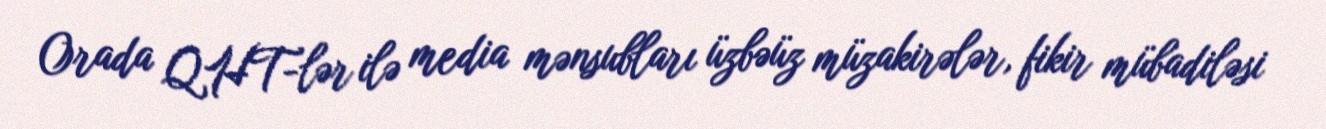
Orada QHT-lər ilə media mənsubları üzbəüz müzakirələr, fikir mübadiləsi